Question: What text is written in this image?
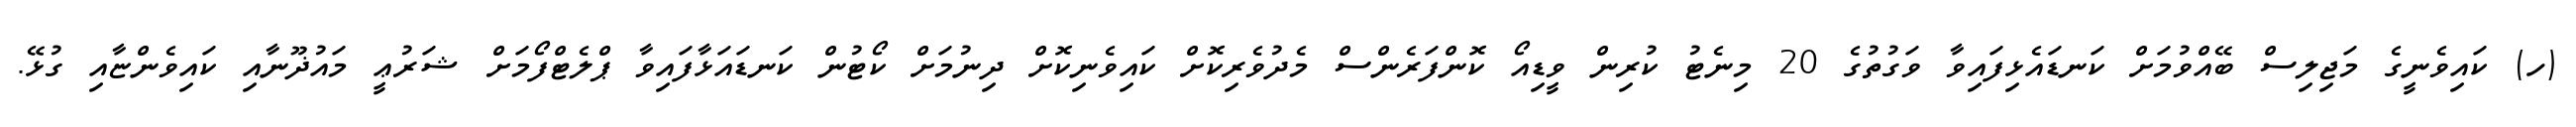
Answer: (ހ) ކައިވެނީގެ މަޖިލިސް ބޭއްވުމަށް ކަނޑައެޅިފައިވާ ވަގުތުގެ 20 މިނެޓު ކުރިން ވީޑިއޯ ކޮންފަރެންސް މެދުވެރިކޮށް ކައިވެނިކޮށް ދިނުމަށް ކޯޓުން ކަނޑައަޅާފައިވާ ޕްލެޓްފޯމަށް ޝަރުޢީ މައުޛޫނާއި ކައިވެންޏާއި ގުޅޭ.